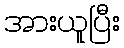
အားယူပြီး